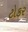
ટોકર